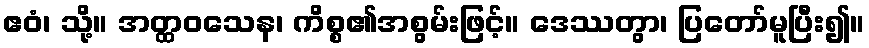
ဧဝံ၊ သို့။ အတ္ထဝသေန၊ ကိစ္စ၏အစွမ်းဖြင့်။ ဒေဿတွာ၊ ပြတော်မူပြီး၍။